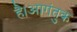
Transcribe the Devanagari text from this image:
है।आगंतुक